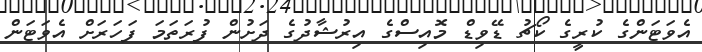
އެވަޓަންގެ ކުރީގެ ކޯޗު ޑޭވިޑް މޮއިސްގެ އިރުޝާދުގެ ދަށުން ފުރަތަމަ ފަހަރަށް އެވަޓަން